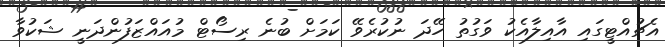
އެޗުއްޓީގައި އާއިލާއެކު ވަގުތު ހޭދަ ނުކުރެވޭ ކަމަށް ބުނެ ރިސޯޓް މުއައްޒަފުންދަނީ ޝަކުވާ